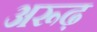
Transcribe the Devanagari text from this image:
अरूढ़